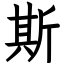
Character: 斯